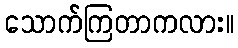
သောက်ကြတာကလား။